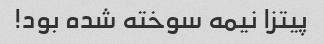
پیتزا نیمه سوخته شده بود!